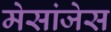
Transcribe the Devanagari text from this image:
मेसांजेस